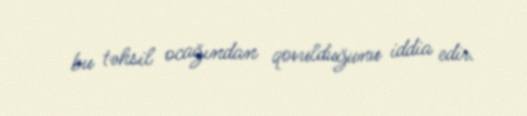
bu təhsil ocağından qovulduğunu iddia edir.